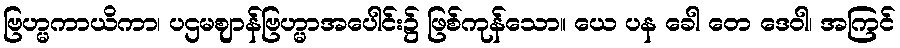
ဗြဟ္မကာယိကာ၊ ပဌမဈာန်ဗြဟ္မာအပေါင်း၌ ဖြစ်ကုန်သော။ ယေ ပန ခေါ တေ ဒေဝါ၊ အကြင်